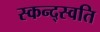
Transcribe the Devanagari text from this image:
स्कन्द्स्वति